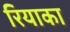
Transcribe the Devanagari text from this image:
रियाका